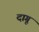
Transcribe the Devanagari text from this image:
दागू